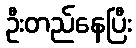
ဦးတည်နေပြီး